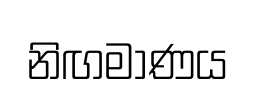
නිඟමාණය